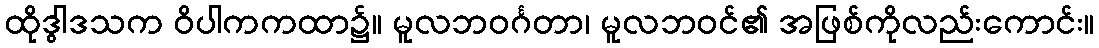
ထိုဒွါဒသက ဝိပါကကထာ၌။ မူလဘဝင်္ဂတာ၊ မူလဘဝင်၏ အဖြစ်ကိုလည်းကောင်း။